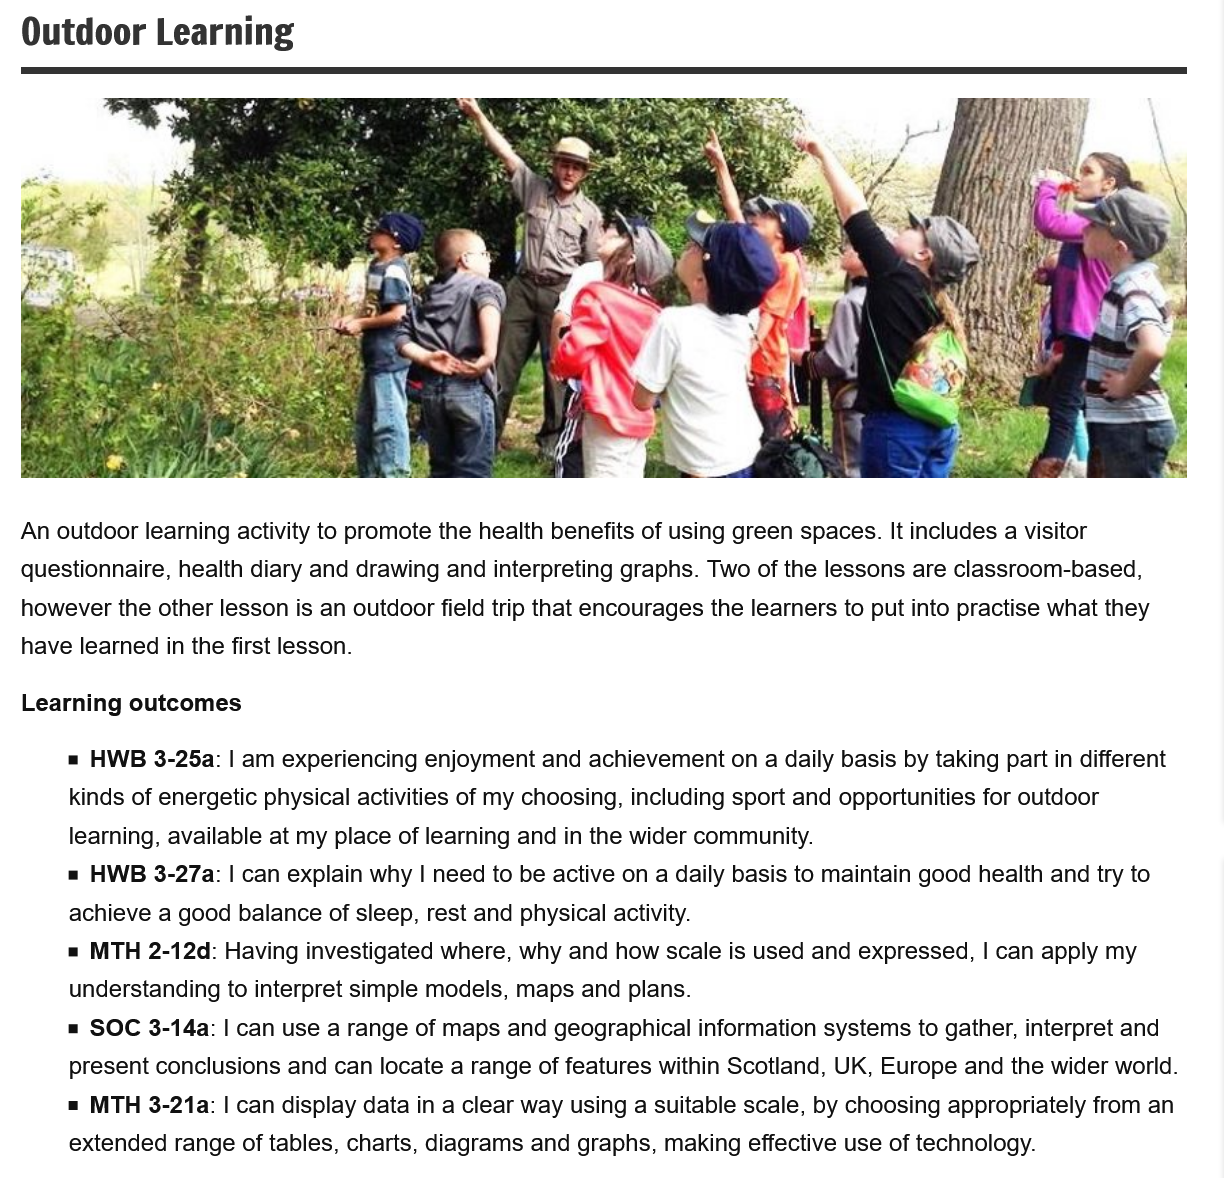
An outdoor learning activity to promote the health benefits of using green spaces. It includes a visitor
  questionnaire, health diary and drawing and interpreting graphs. Two of the lessons are classroom-based,
  however the other lesson is an outdoor field trip that encourages the learners to put into practise what they
  have learned in the first lesson.
     = HWB 3-25a: | am experiencing enjoyment and achievement on a daily basis by taking part in different
     kinds of energetic physical activities of my choosing, including sport and opportunities for outdoor
     learning, available at my place of learning and in the wider community.
     = HWB 3-27a: | can explain why | need to be active on a daily basis to maintain good health and try to
     achieve a good balance of sleep, rest and physical activity.
     = MTH 2-12d: Having investigated where, why and how scale is used and expressed, | can apply my
     understanding to interpret simple models, maps and plans.
     = SOC  3-14a: | can use a range of maps and geographical information systems to gather, interpret and
     present conclusions and can locate a range of features within Scotland, UK, Europe and the wider world.
     = MTH 3-21a: | can display data in a clear way using a suitable scale, by choosing appropriately from an
     extended range of tables, charts, diagrams and graphs, making effective use of technology.
  Outdoor    Learning
  Learning outcomes